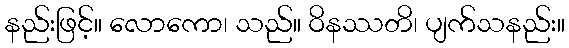
နည်းဖြင့်။ လောကော၊ သည်။ ဝိနဿတိ၊ ပျက်သနည်း။